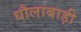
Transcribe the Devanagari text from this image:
धौलाबाड़ी